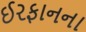
ઈરફાનના